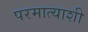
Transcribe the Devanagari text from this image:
परमात्याशी